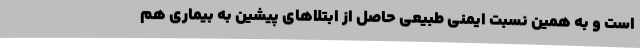
است و به همین نسبت ایمنی طبیعی حاصل از ابتلاهای پیشین به بیماری هم